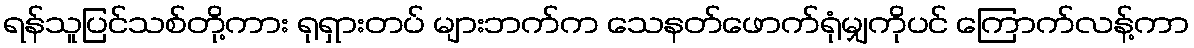
ရန်သူပြင်သစ်တို့ကား ရုရှားတပ် များဘက်က သေနတ်ဖောက်ရုံမျှကိုပင် ကြောက်လန့်ကာ